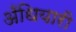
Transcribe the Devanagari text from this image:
अँधियारी